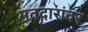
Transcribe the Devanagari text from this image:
मतदारांवर